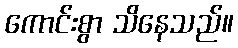
ကောင်းစွာ သိနေသည်။